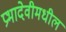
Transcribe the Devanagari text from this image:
प्रभादेवीमधील